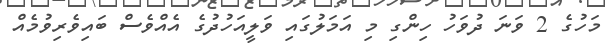
މަހުގެ 2 ވަނަ ދުވަހު ހިންގި މި އަމަލުގައި ވަލީއަހުދުގެ އެއްވެސް ބައިވެރިވުމެއް